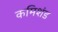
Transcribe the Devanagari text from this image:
कमिशंड